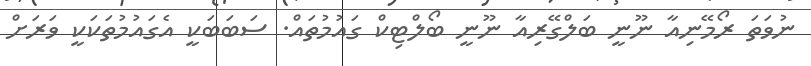
ނުވަތަ ރޯމޭނިއާ ނޫނީ ބަލްގޭރިއާ ނޫނީ ބޯލްޓިކް ގައުމުތައް. ސަބަބަކީ އެގައުމުތަކަކީ ވަރަށް